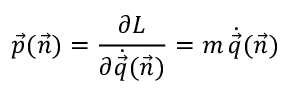
\vec { p } ( \vec { n } ) = { \frac { \partial L } { \partial \dot { \vec { q } } ( \vec { n } ) } } = m \, \dot { \vec { q } } ( \vec { n } )